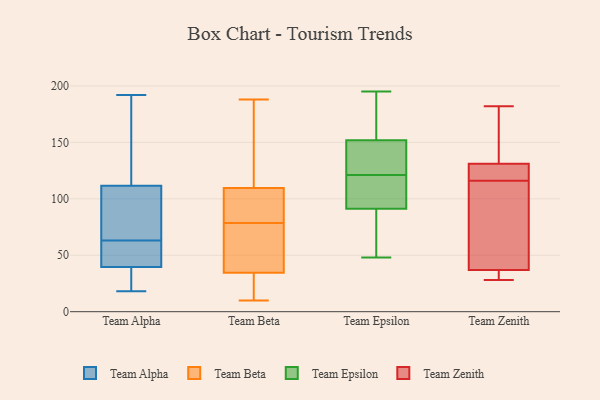
{"axis": {"x": "Tickets Resolved", "y": "Value"}, "legend": ["Team Alpha", "Team Beta", "Team Epsilon", "Team Zenith"], "data": [{"x": "", "y": 31, "type": "Team Alpha"}, {"x": "", "y": 47, "type": "Team Alpha"}, {"x": "", "y": 63, "type": "Team Alpha"}, {"x": "", "y": 155, "type": "Team Alpha"}, {"x": "", "y": 77, "type": "Team Alpha"}, {"x": "", "y": 192, "type": "Team Alpha"}, {"x": "", "y": 39, "type": "Team Alpha"}, {"x": "", "y": 18, "type": "Team Alpha"}, {"x": "", "y": 174, "type": "Team Alpha"}, {"x": "", "y": 107, "type": "Team Alpha"}, {"x": "", "y": 41, "type": "Team Alpha"}, {"x": "", "y": 34, "type": "Team Alpha"}, {"x": "", "y": 101, "type": "Team Alpha"}, {"x": "", "y": 61, "type": "Team Alpha"}, {"x": "", "y": 113, "type": "Team Alpha"}, {"x": "", "y": 150, "type": "Team Beta"}, {"x": "", "y": 15, "type": "Team Beta"}, {"x": "", "y": 50, "type": "Team Beta"}, {"x": "", "y": 71, "type": "Team Beta"}, {"x": "", "y": 10, "type": "Team Beta"}, {"x": "", "y": 20, "type": "Team Beta"}, {"x": "", "y": 86, "type": "Team Beta"}, {"x": "", "y": 188, "type": "Team Beta"}, {"x": "", "y": 51, "type": "Team Beta"}, {"x": "", "y": 165, "type": "Team Beta"}, {"x": "", "y": 92, "type": "Team Beta"}, {"x": "", "y": 100, "type": "Team Beta"}, {"x": "", "y": 36, "type": "Team Beta"}, {"x": "", "y": 53, "type": "Team Beta"}, {"x": "", "y": 104, "type": "Team Beta"}, {"x": "", "y": 111, "type": "Team Beta"}, {"x": "", "y": 157, "type": "Team Beta"}, {"x": "", "y": 10, "type": "Team Beta"}, {"x": "", "y": 108, "type": "Team Beta"}, {"x": "", "y": 33, "type": "Team Beta"}, {"x": "", "y": 107, "type": "Team Epsilon"}, {"x": "", "y": 109, "type": "Team Epsilon"}, {"x": "", "y": 140, "type": "Team Epsilon"}, {"x": "", "y": 121, "type": "Team Epsilon"}, {"x": "", "y": 86, "type": "Team Epsilon"}, {"x": "", "y": 132, "type": "Team Epsilon"}, {"x": "", "y": 156, "type": "Team Epsilon"}, {"x": "", "y": 188, "type": "Team Epsilon"}, {"x": "", "y": 48, "type": "Team Epsilon"}, {"x": "", "y": 66, "type": "Team Epsilon"}, {"x": "", "y": 195, "type": "Team Epsilon"}, {"x": "", "y": 182, "type": "Team Zenith"}, {"x": "", "y": 121, "type": "Team Zenith"}, {"x": "", "y": 111, "type": "Team Zenith"}, {"x": "", "y": 37, "type": "Team Zenith"}, {"x": "", "y": 74, "type": "Team Zenith"}, {"x": "", "y": 37, "type": "Team Zenith"}, {"x": "", "y": 135, "type": "Team Zenith"}, {"x": "", "y": 28, "type": "Team Zenith"}, {"x": "", "y": 131, "type": "Team Zenith"}, {"x": "", "y": 129, "type": "Team Zenith"}]}